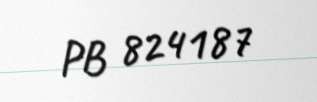
PB 824187